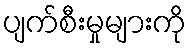
ပျက်စီးမှုများကို